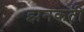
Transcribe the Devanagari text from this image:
झनकती